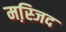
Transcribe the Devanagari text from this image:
मस्जि़द